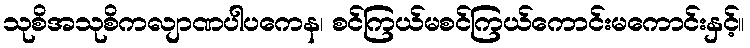
သုစိအသုစိကလျာဏပါပကေန၊ စင်ကြယ်မစင်ကြယ်ကောင်းမကောင်းနှင့်။